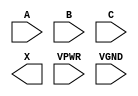
module sky130_fd_sc_hs__xnor3 (
    //# {{data|Data Signals}}
    input  A   ,
    input  B   ,
    input  C   ,
    output X   ,

    //# {{power|Power}}
    input  VPWR,
    input  VGND
);
endmodule